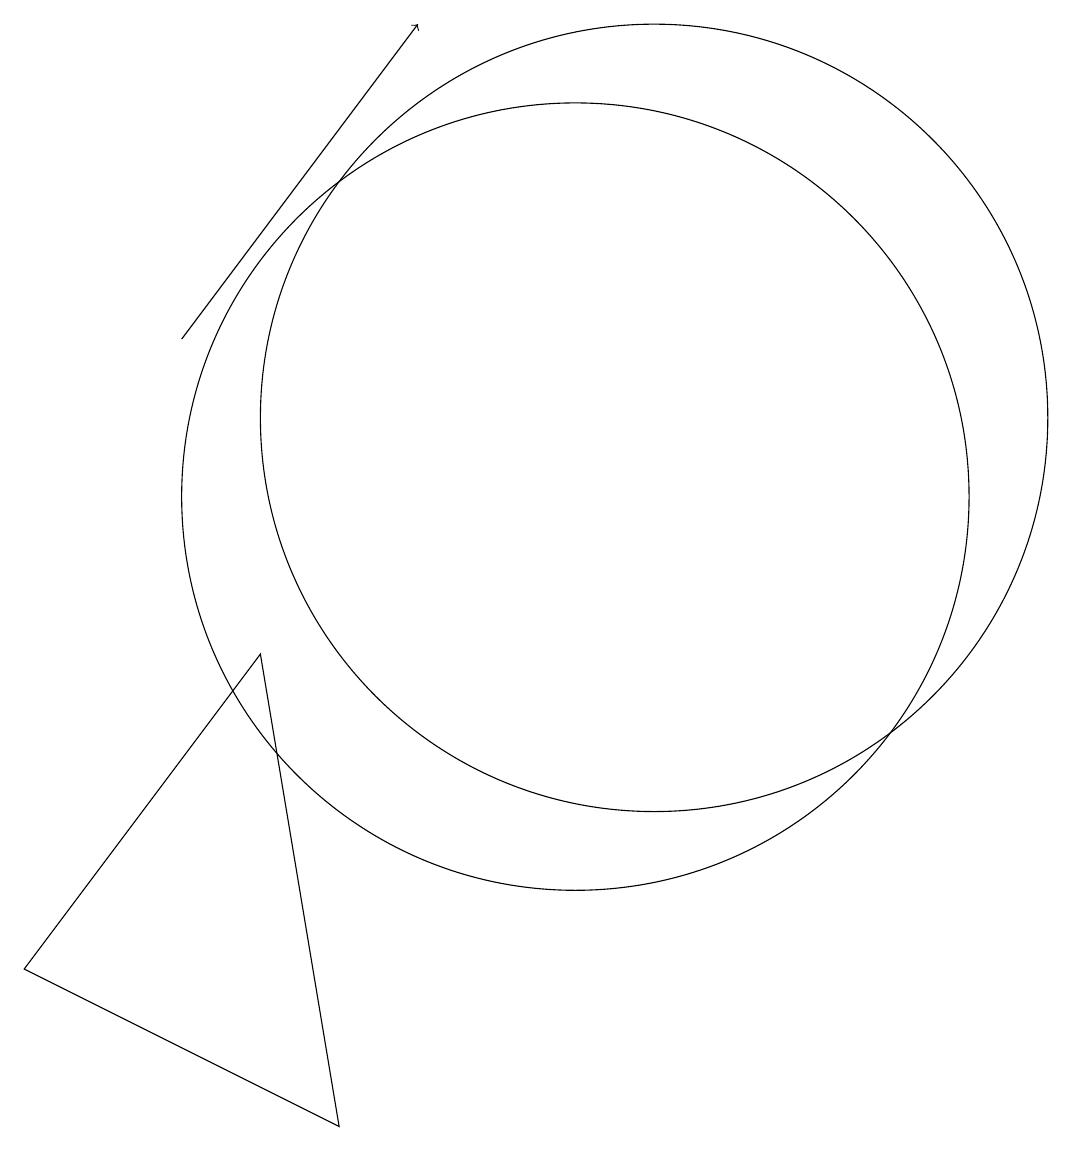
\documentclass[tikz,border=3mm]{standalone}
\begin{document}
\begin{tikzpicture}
\draw[->] (5,13) -- (8,17);
\draw (10,11) circle (5);
\draw (6,9) -- (3,5) -- (7,3) -- cycle;
\draw (11,12) circle (5);
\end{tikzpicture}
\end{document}